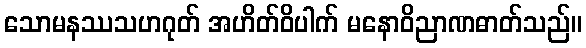
သောမနဿသဟဂုတ် အဟိတ်ဝိပါက် မနောဝိညာဏဓာတ်သည်။